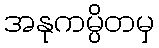
အနုကမ္ပိတမှ